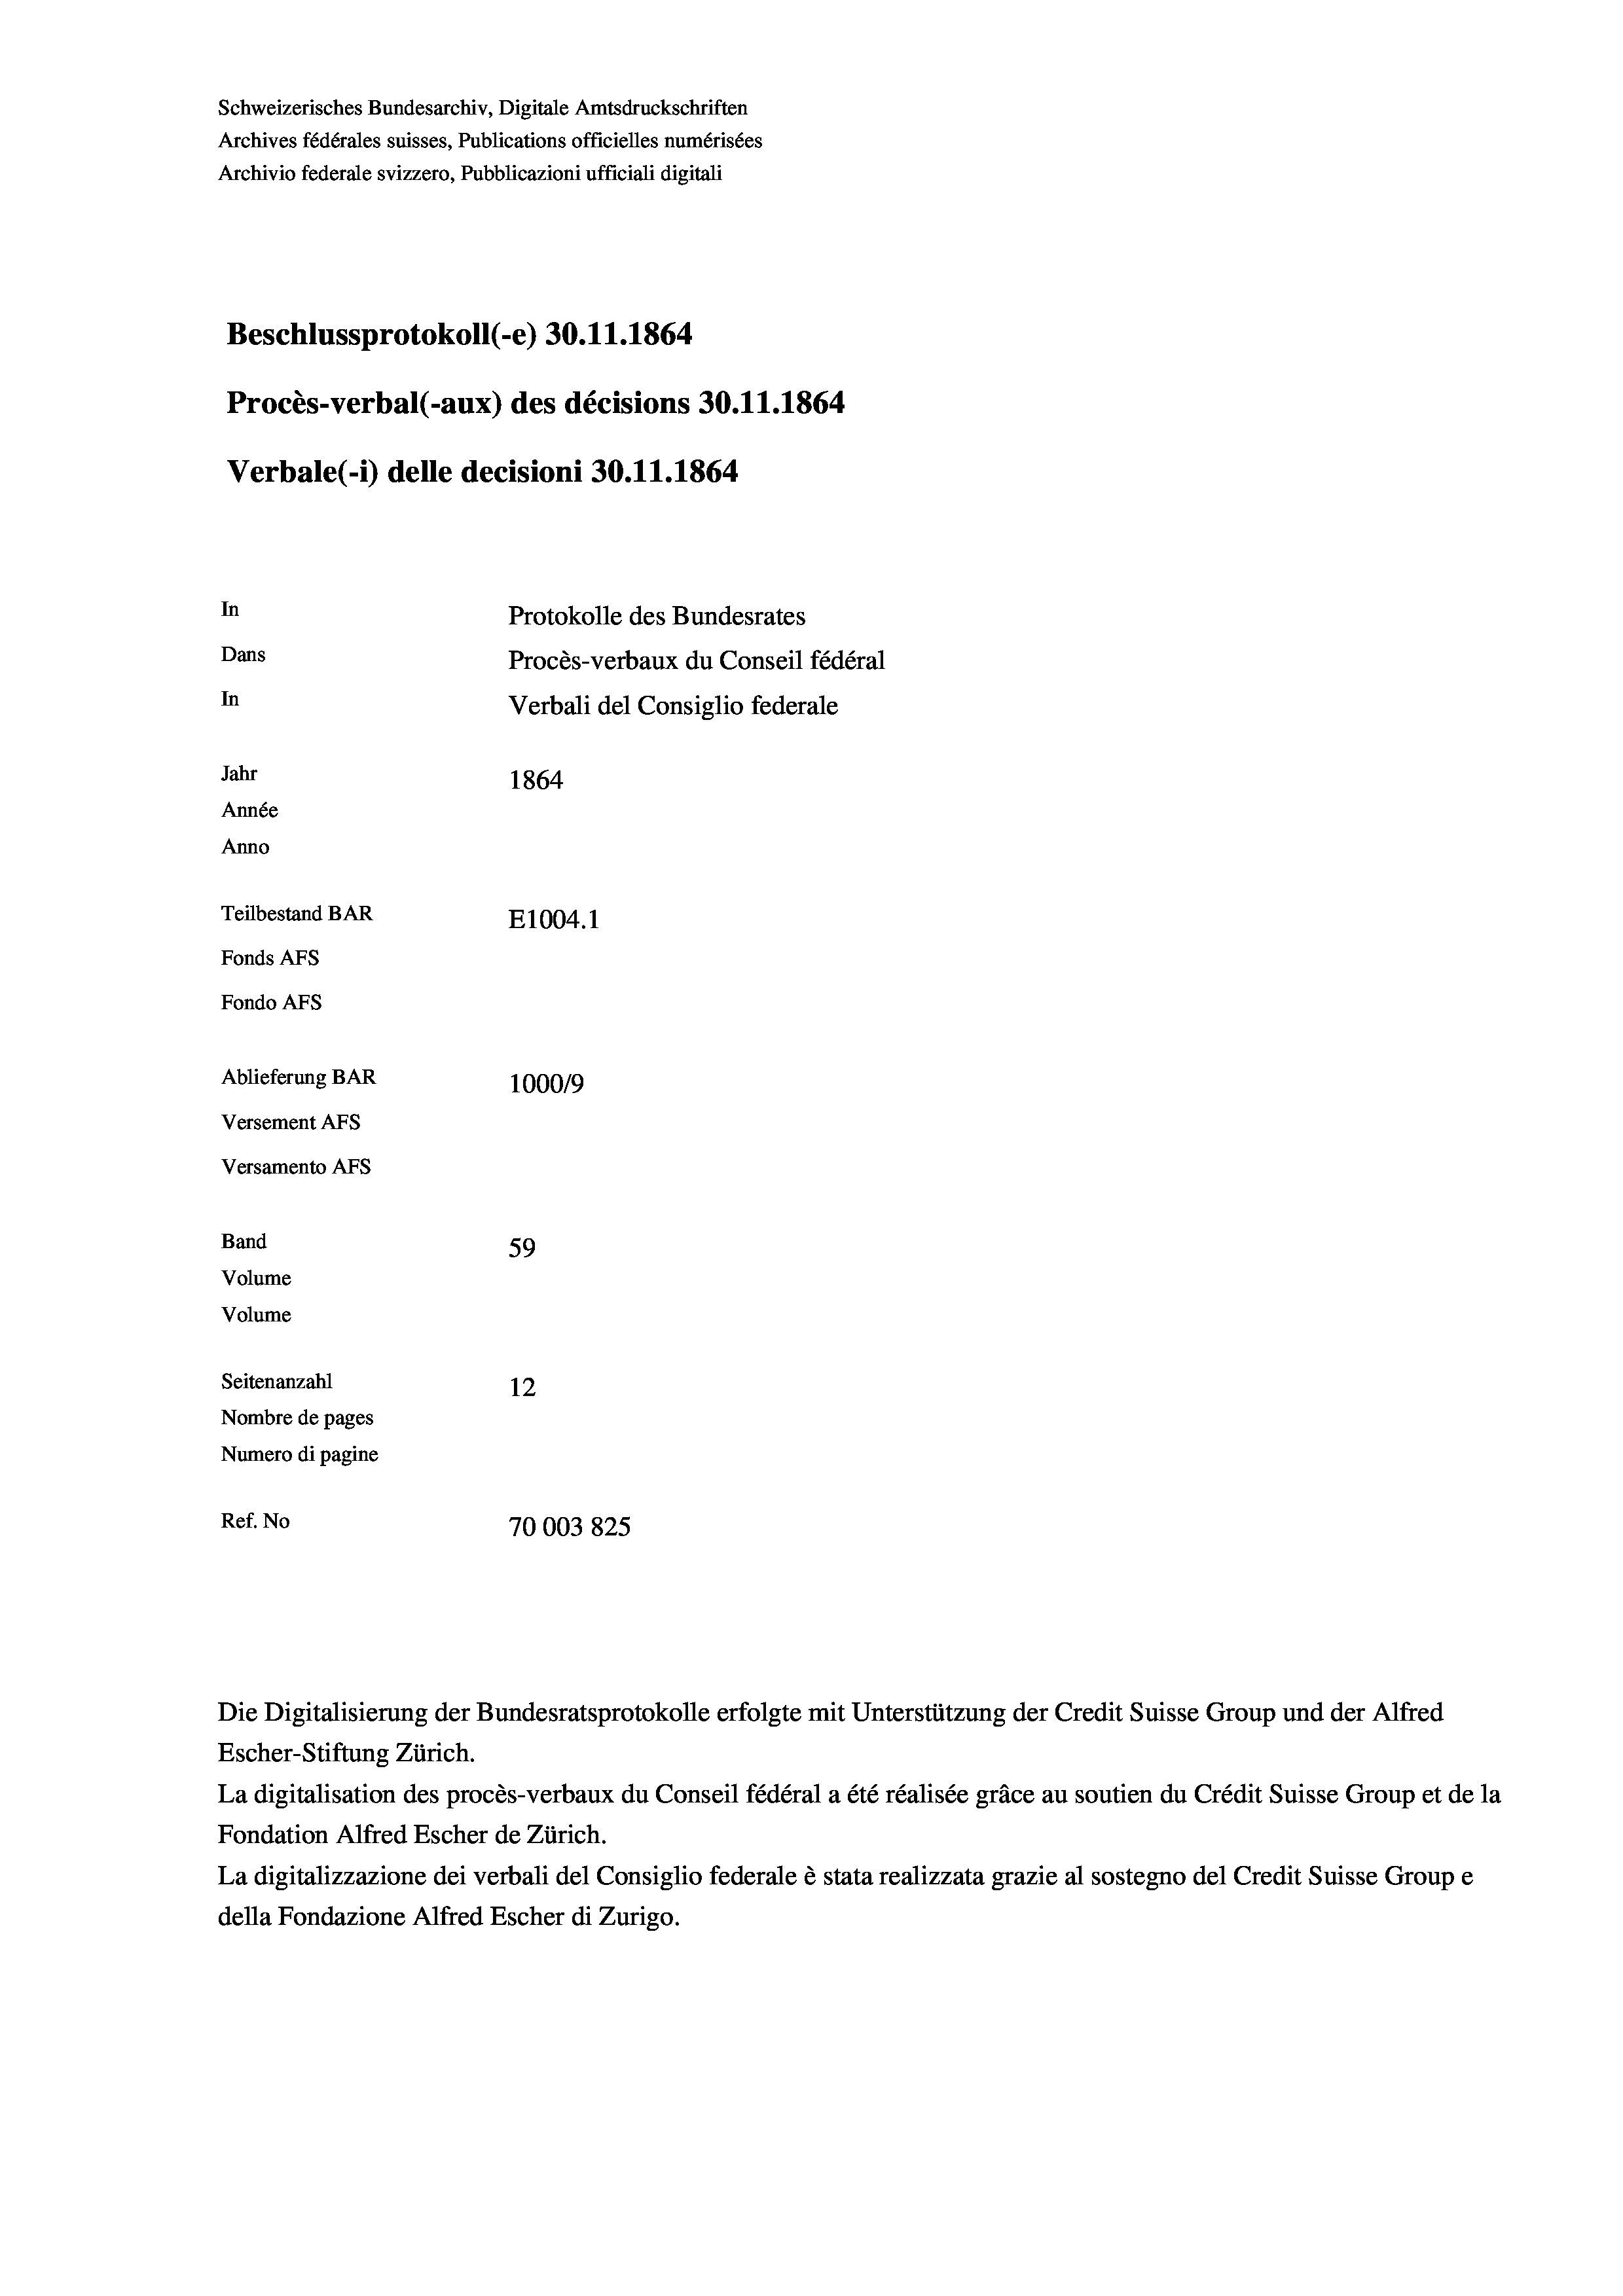
Schweizerisches Bundesarchiv, Digitale Amtsdruckschriften
Archives fédérales suisses, Publications officielles numérisées
Beschlussprotokoll (-e) 30.11.1864
Procès-verbal (-aux) des décisions 30.11.1864
Verbale (i) delle decisioni 30.11.1864
In
Protokolle des Bundesrates
Dans
Procès-verbaux du Conseil fédéral
In
Verbali del Consiglio federale
Jahr
1864
Année
Anno
Teilbestand BAR
E1004. 1
Fonds Afs
Fondo AFs

Ablieferung BAR
Versement AFS
Versamento Afs
Band
59
Volume
Volume
Seitenanzahl
12
Nombre de pages
Numero di pagine

Escher-Stiftung Zürich.
La digitalisation des procès-verbaux du Conseil fédéral a été réalisée gräce au soutien du Crédit Suisse Group et de la
Fondation Alfred Escher de Zürich.
La digitalizzazione dei verbali del Consiglio federale è stata realizzata grazie al sostegno del Credit Suisse Groupe
della Fondazione Alfred Escher di Zurigo.

Archivio federale svizzero, Pubblicazioni ufficiali digitali

100019
Ref. No
70003 825

Die Digitalisierung der Bundesratsprotokolle erfolgte mit Unterstützung der Credit Suisse Group und der Alfred